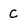
Character: C